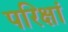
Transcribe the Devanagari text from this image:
परिक्षां